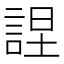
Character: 𧨚